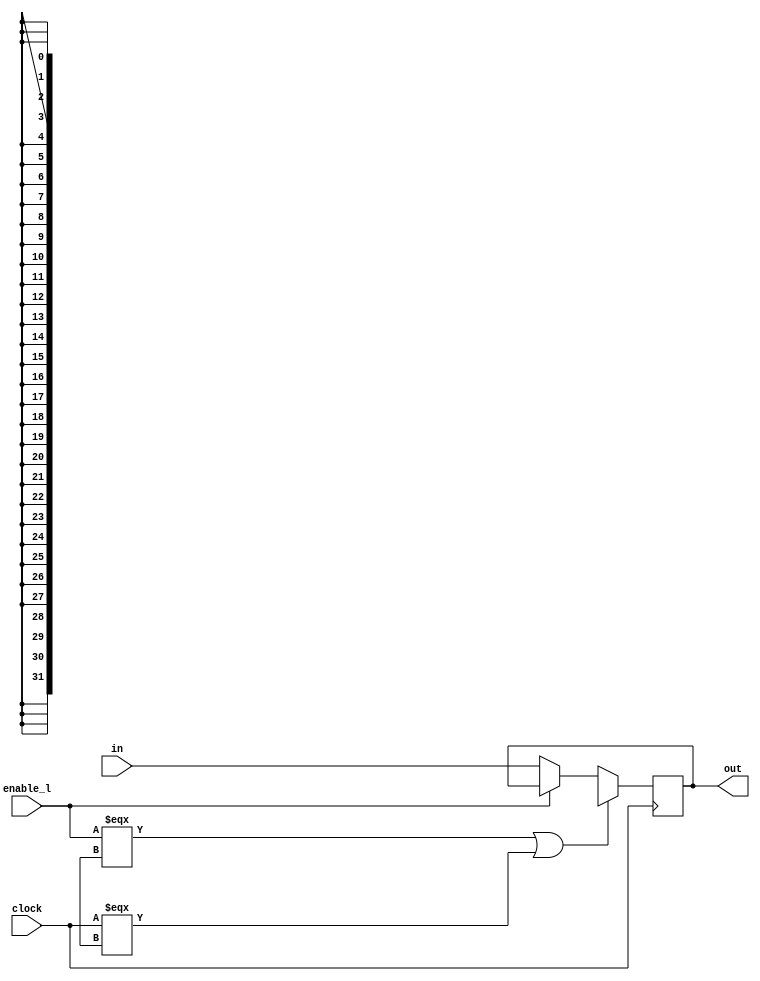
module Mregister (out, in, clock, enable_l);
parameter bits = 32;	
output [bits-1:0] out;
input [bits-1:0] in;
input clock;
input enable_l; 
	reg [bits-1:0]	out;
	reg [bits-1:0] master;
	always @ (posedge clock) begin
		if((enable_l === 1'bx) || (clock === 1'bx))  begin
			master = {(bits){1'bx}};
			#1 out = master;
		end
		else if (~enable_l) begin
			master = in;
			#1 out = master;
		end
	end
endmodule